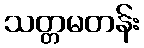
သတ္တမတန်း